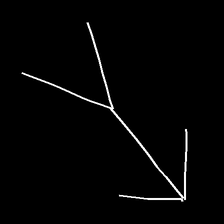
Glyph: gather